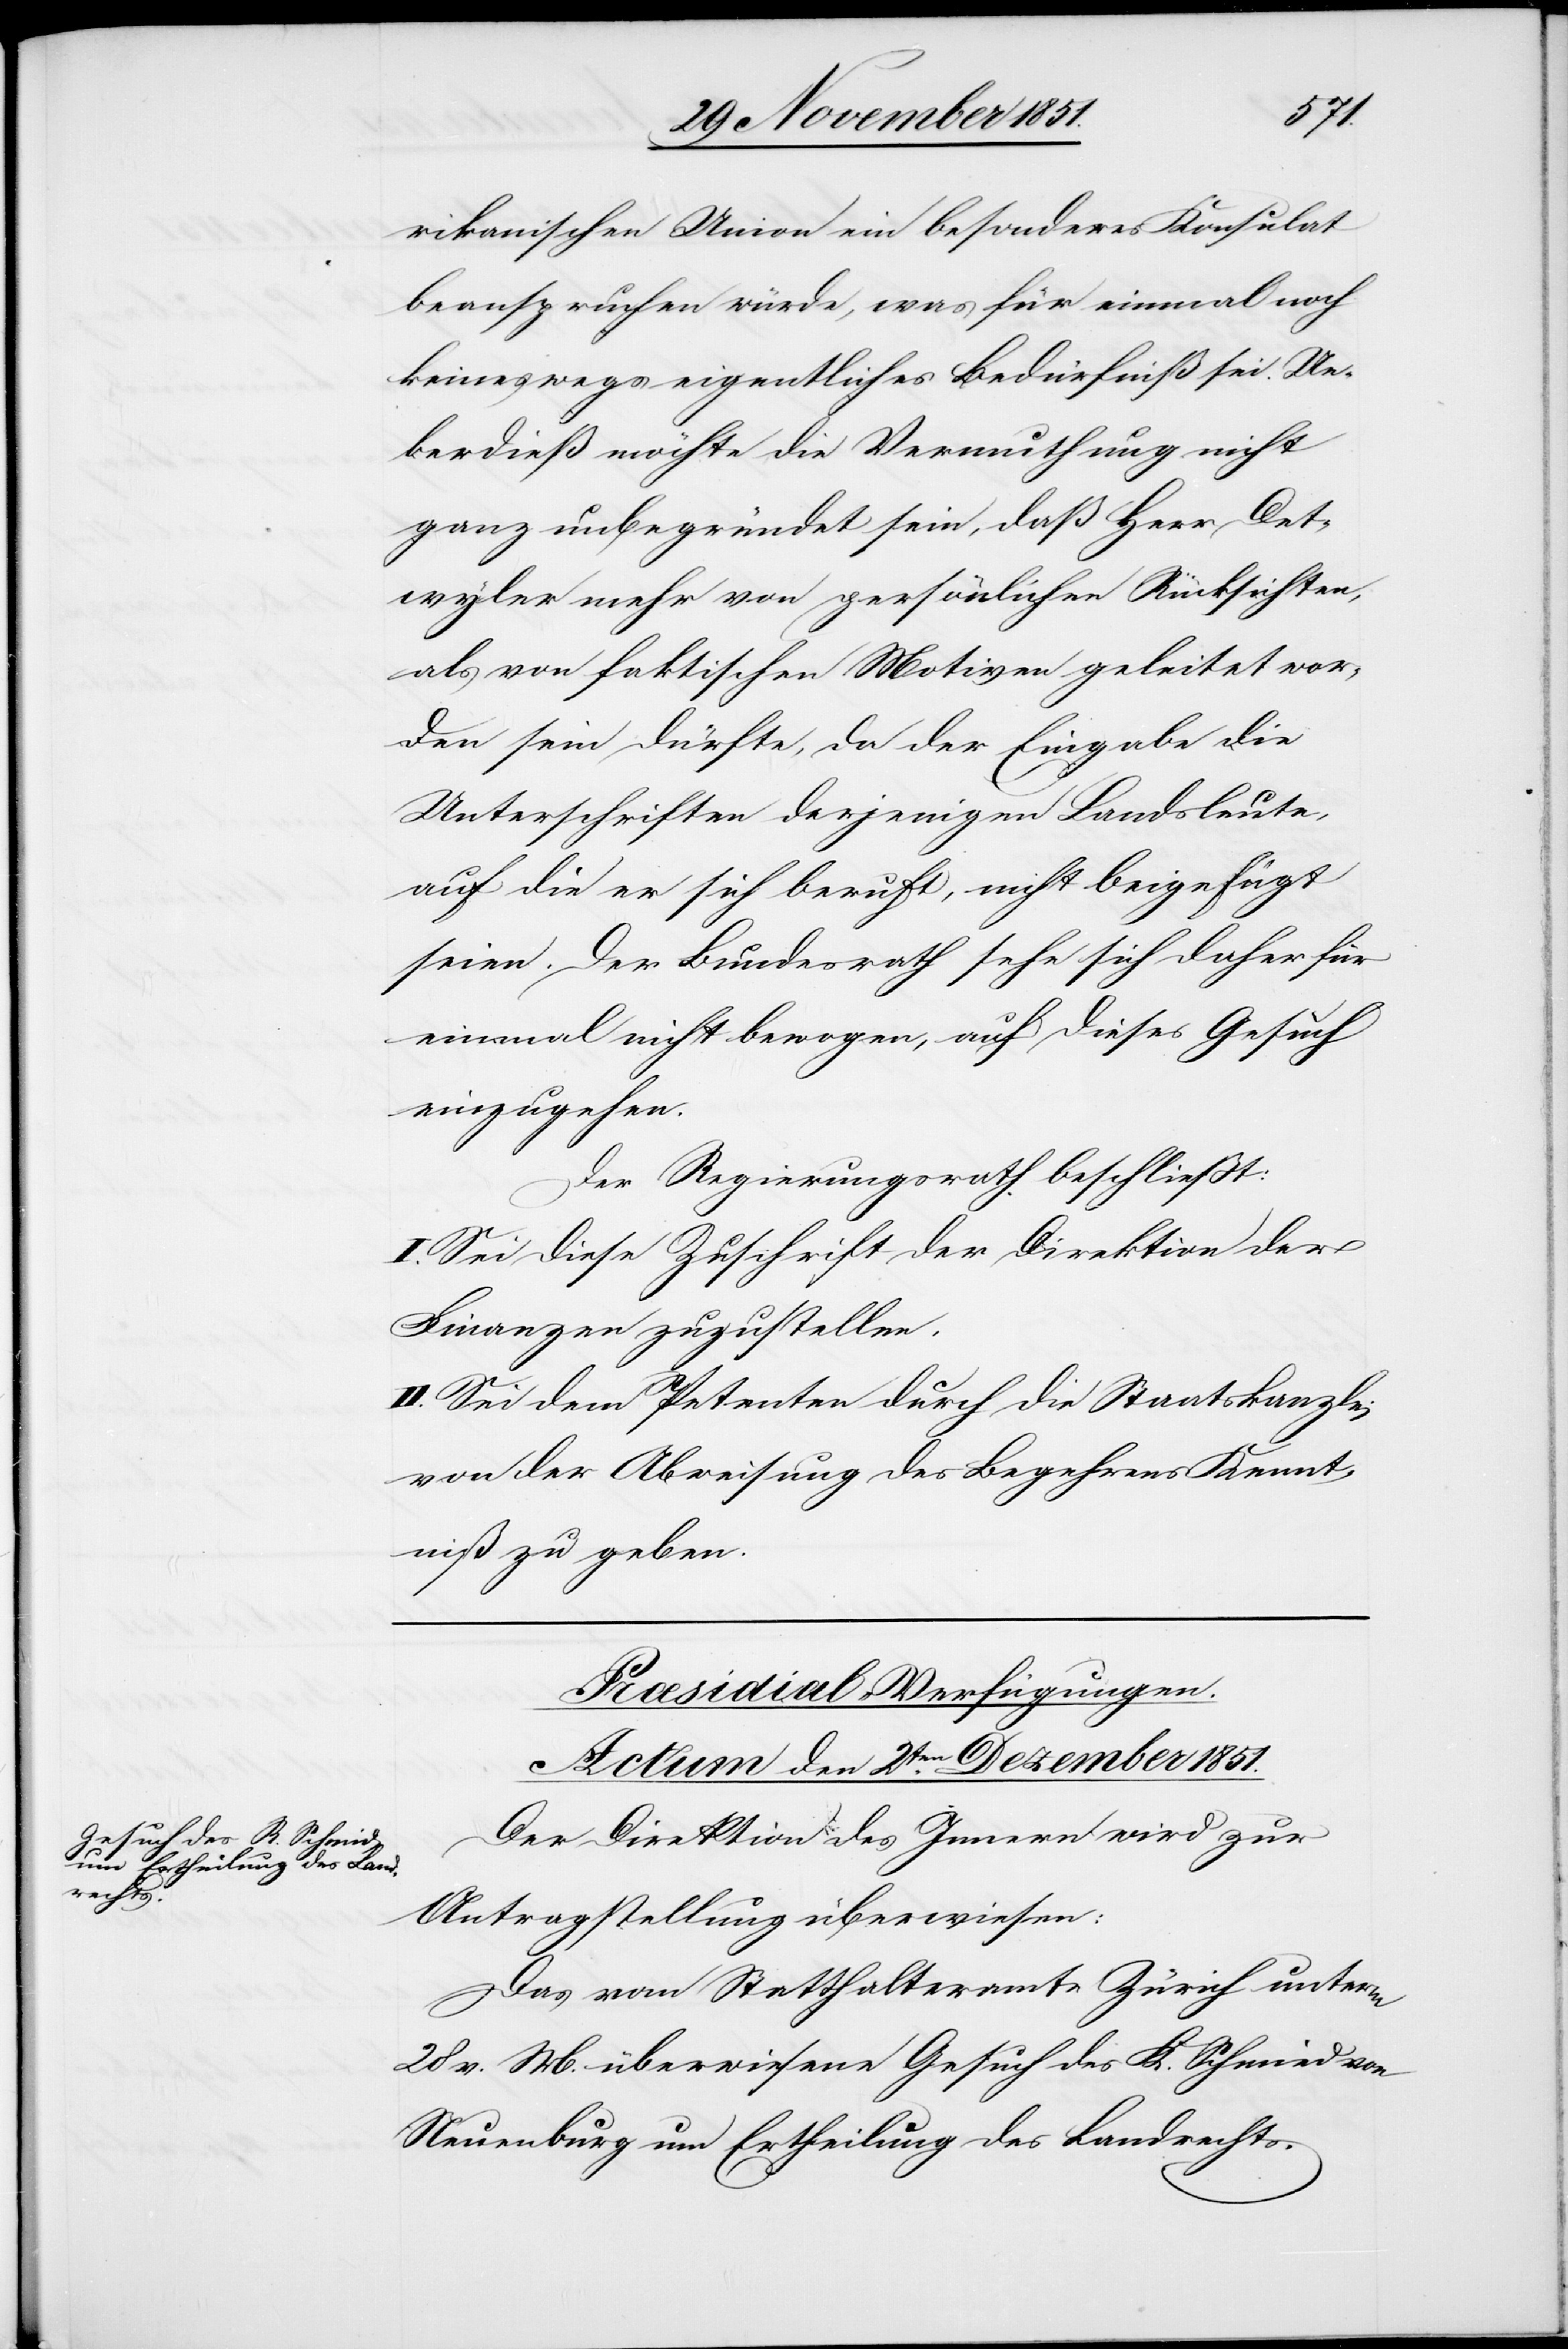
rikanischen Union ein besonderes Konsulat
beanspruchen würde, was für einmal noch
keineswegs eigentliches Bedürfniß sei. Ue¬
berdieß möchte die Vermuthung nicht
ganz unbegründet sein, daß Herr Det¬
wyler mehr von persönlichen Rücksichten,
als von faktischen Motiven geleitet wor¬
den sein dürfte, da der Eingabe die
Unterschriften derjenigen Landsleute,
auf die er sich beruft, nicht beigefügt
seien. Der Bundesrath sehe sich daher für
einmal nicht bewogen, auf dieses Gesuch
einzugehen.
Der Regierungsrath beschließt:
I. Sei diese Zuschrift der Direktion der
Finanzen zuzustellen.
II. Sei dem Petenten durch die Staatskanzlei
von der Abweisung des Begehrens Kennt¬
niß zu geben.
Præsidial-Verfügungen.
Actum den 2ten. Dezember 1851.
Der Direktion des Innern wird zur
Antragstellung überwiesen:
Das vom Statthalteramte Zürich unterm
28 v. M. überwiesene Gesuch des K. Schmied
Neuenburg um Ertheilung des Landrechts.